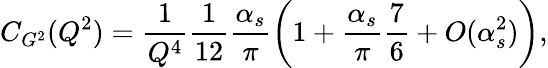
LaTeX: C_{G^{2}}(Q^{2})=\frac{1}{Q^{4}}\frac{1}{12}\frac{\alpha_{s}}{\pi}\biggl(1+\frac{\alpha_{s}}{\pi}\frac{7}{6}+O(\alpha_{s}^{2})\biggr),